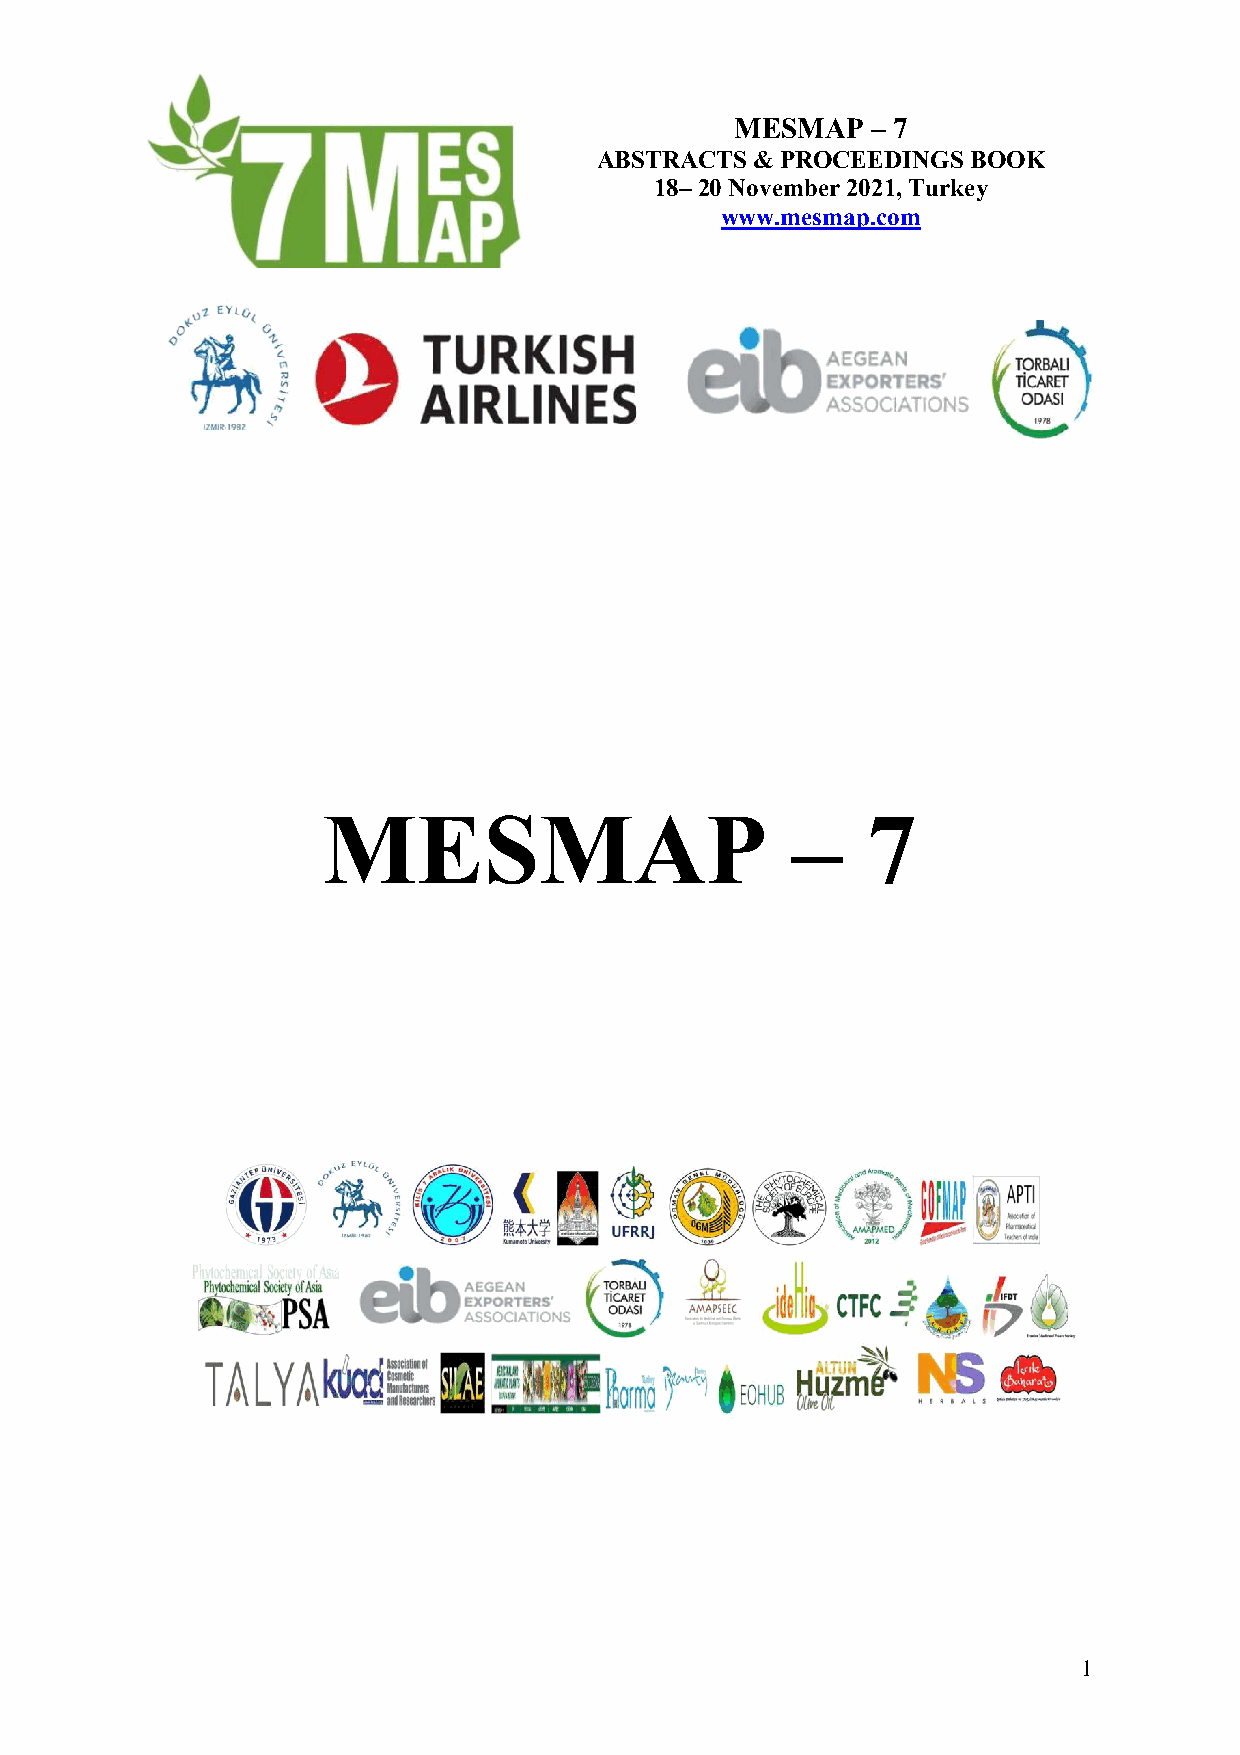
MESMAP   – 7
 ABSTRACTS & PROCEEDINGS BOOK
 18– 20 November 2021, Turkey
 www.mesmap.com
 MESMAP                         –    7
 1